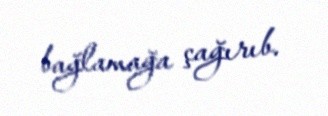
bağlamağa çağırıb.